Tartu_Kolgata_baptistikogudus, lk 105
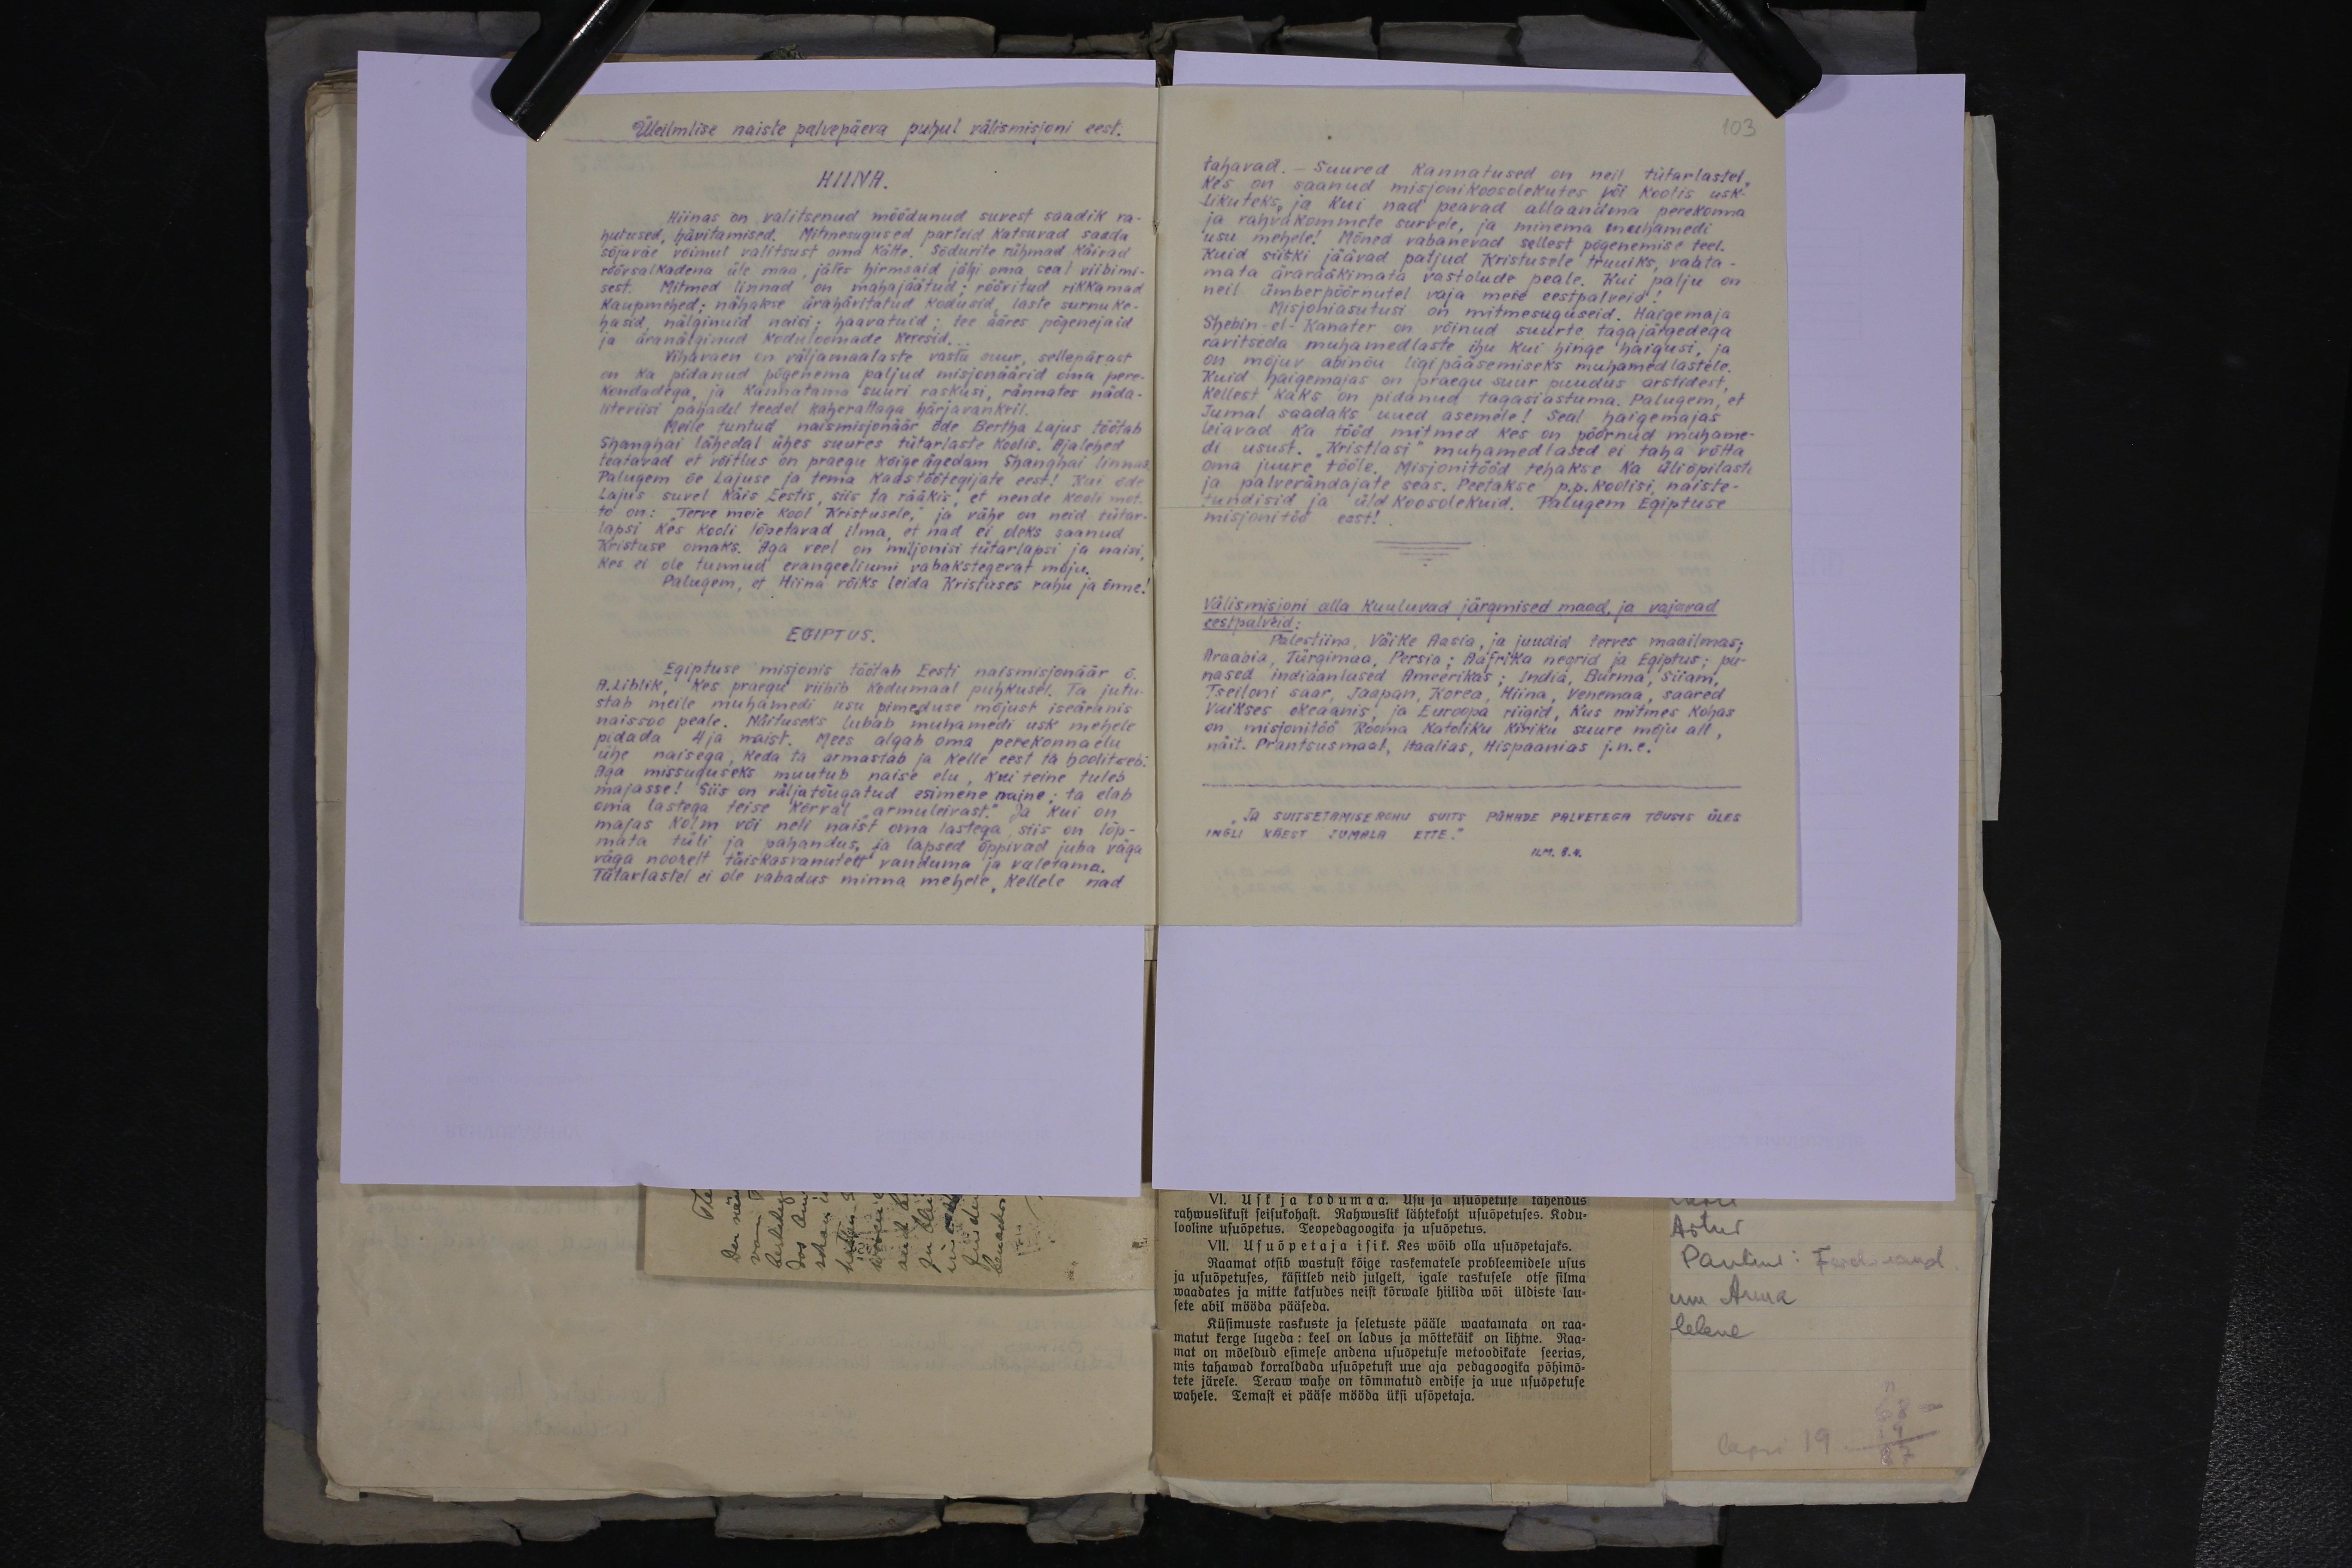
Üleilmlise naiste palvepäeva puhul välismisjoni eest.
HIINA.
Hiinas on valitsenud möödunud suvest saadik ra-
hutused, hävitamised. Mitmesugused parteid katsuvad saada
sõjaväe võimul valitsust oma kätte. Sõdurite rühmad käivad
röövsalkadena üle maa jätes hirmsaid jälgi oma seal viibimi-
sest. Mitmed linnad on mahajäätud: röövitud rikkamad
kaupmehed; nähakse ärahävitatud kodusid, laste surnuke-
hasid, nälginuid naisi; haavatuid; tee ääres põgenejaid
ja äranäljunud koduloomade keresid,
Vihavaen on väljamaalaste vastu suur, sellepärast
on ka pidanud põgenema paljud misjonäärid oma pere-
kondadega, ja kannatama suuri raskusi, rännates näda-
liteviisi pahadel teedel kaherattaga härjavankril.
Meile tuntud naismisjonäär õde Bertha Lajus töötab
Shanghai lähedal ühes suures tütarlaste koolis. Ajalehed
teatavad et võitlus on praegu kõige ägedam Shanghai linnas
Palugem õe Lajuse ja tema kaastöötegijate eest! Kui õde-
Lajus suvel käis Eestis, siis ta rääkis, et nende kooli mot-
to on: Terve meie kool Kristusele, ja vähe on neid tütar-
lapsi kes kooli lõpetavad ilma, et nad ei oleks saanud
Kristuse omaks. Aga veel on miljonisi tütarlapsi ja naisi-
Kes ei ole tunnud evangeeliumi vabakstegevat mõju.
Palugem, et Hiina võiks leida Kristuses rahu ja õnne!
EGIPTUS.
Egiptuse misjonis töötab Eesti naismisjonäär õ
A. Liblik, kes praegu viibib kodumaal puhkusel. Ta jutu-
stab meile muhamedi usu pimeduse mõjust iseäranis
naissoo peale. Näituseks lubab muhamedi usk mehele
pidada 4ja naist. Mees algab oma perekonnaelu
ühe naisega, keda ta armastab ja kelle eest ta hoolitseb
Aga missuguseks muutub naise elu, kui teine tuleb
majasse! Siis on väljatõugatud esimene naine; ta elab
oma lastega teise kõrval "armuleivast." Ja kui on
majas kolm või neli naist oma lastega, siis on lõp-
mata tüli ja pahandus, ja lapsed õppivad juba väga
väga noorelt täiskasvanutelt vanduma ja valetama.
Tütarlastel ei ole vabadus minna mehele, kellele nad

23

tahavad. - Suured kannatused on neil tütarlastel.
Kes on saanud misjonikoosolekutes või koolis usk-
likuteks, ja kui nad peavad allaandma perekonna
ja rahvakommete survele, ja minema muhamedi
usu mehele! Mõned vabanevad sellest põgenemise teel.
Kuid siiski jäävad paljud Kristusele truuiks, vaata-
mata ärarääkimata vastolude peale. Kui palju on
meil ümberpöörnutel vaja meie eestpalveid!
Misjoniasutusi on mitmesuguseid. Haigemaja
Shebin-el-Kanater on võinud suurte tagajärgedega
ravitseda muhamedlaste ihu kui hinge haigusi, ja
on mõjuv abinõu ligi pääsemiseks muhamedlastele
Kuid haigemajas on praegu suur puudus arstidest.
kellest kaks on pidanud tagasiastuma. Palugem, et
Jumal saadaks uued asemele! Seal haigemajas
leiavad ka tööd mitmed kes on pöörnud muhame
di usust. "Kristlasi" muhamedlased ei taha võtta
oma juure tööle, misjonitööd tehakse ka üliõpilaste
ja palverändajate seas. Peetakse p.p. koolisi, naiste-
tundisid ja üldkoosolekuid. Palugem Egiptuse
misjonitöö eest!
Välismisjoni alla kuuluvad järgmised maad, ja vajavad
eestpalveid
Palestiina, Väike Aasia ja juudid terves maailmas
Araabia Türgimaa, Persia; Aafrika negrid ja Egiptus; pu-
nased indiaanlased Ameerikas; India, Burma, Siiam,
Tseiloni saar, Jaapan, Korea, Hiina, Venemaa, saared
Vaikses okeaanis, ja Euroopa riigid, kus mitmes kohas
on misjonitöö Rooma Katoliku kiriku suure mõju all
näit. Prantsusmaal, Itaalias, Hispaanias j.n.e.
JA SUITSETAMISEROHU SUITS PÜHADE PALVETEGA TÕUSIS ÜLES
INGLI KÄEST JUMALA ETTE."
ILM.8.4.